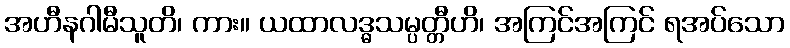
အဟီနဂါမီသူတိ၊ ကား။ ယထာလဒ္ဓသမ္ပတ္တီဟိ၊ အကြင်အကြင် ရအပ်သော